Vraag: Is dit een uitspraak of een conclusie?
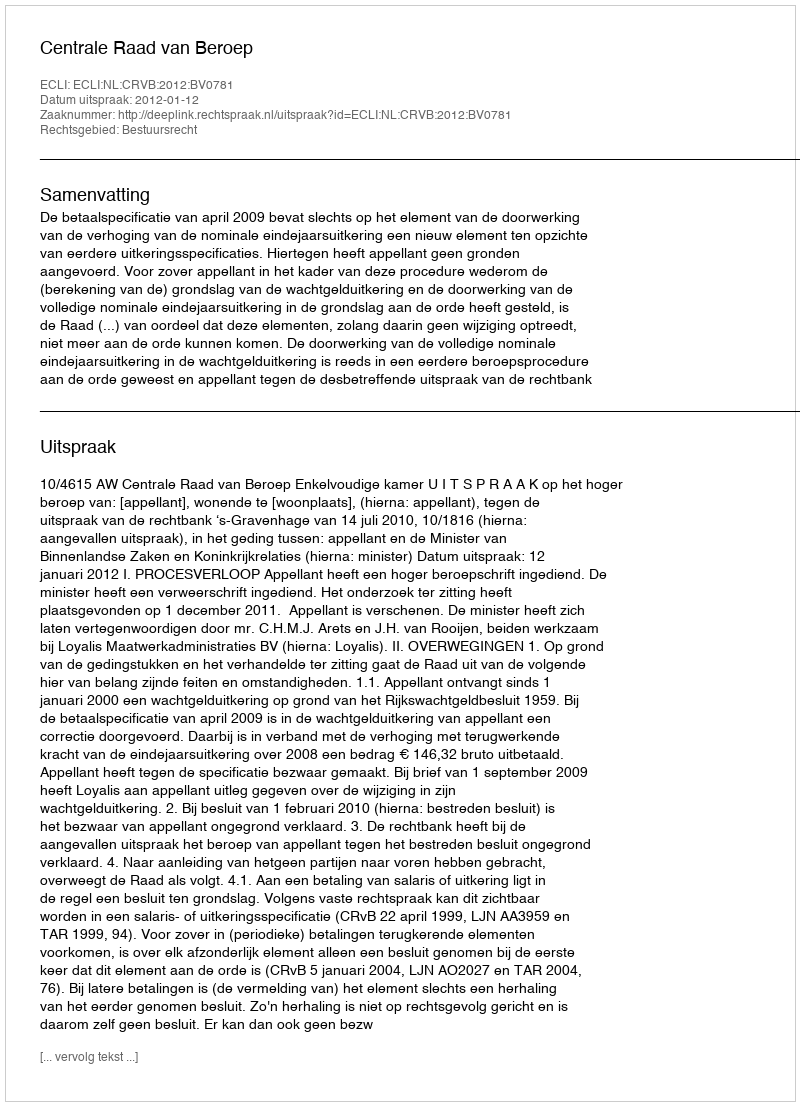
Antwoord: Uitspraak